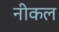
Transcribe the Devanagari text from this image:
नीकल